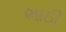
ભાઠી